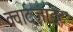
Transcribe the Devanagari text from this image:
क्वार्ट्‌ज़ाइट